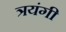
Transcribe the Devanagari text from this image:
त्रयंगी